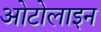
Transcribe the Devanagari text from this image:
ओटोलाइन